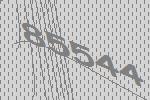
85544